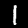
Digit: 1